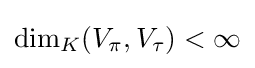
\dim _{K}(V_{\pi },V_{\tau })<\infty